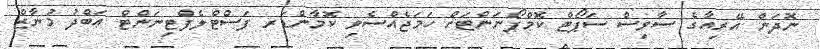
ނޮދަން އޭރިއާގެ ސާވިސް ސަޕޯޓް ކޮމްޕޯނަންޓަށް ހަމަޖެއްސެވި ކޮމާންޑަރ ފަސްޓްލެފްޓިނަންޓް ޢަބްދު މުނާޒް